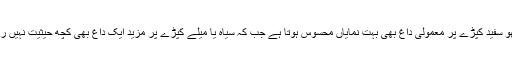
دیکھو سفید کپڑے پر معمولی داغ بھی بہت نمایاں محسوس ہوتا ہے جب کہ سیاہ یا میلے کپڑے پر مزید ایک داغ بھی کچھ حیثیت نہیں رکھتا۔